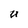
Character: U